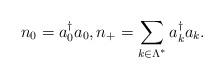
LaTeX: \begin{align*}n_0 = a^{\dagger}_0 a_0, n_+= \sum_{k \in \Lambda^*} a^{\dagger}_k a_k.\end{align*}